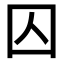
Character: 囚